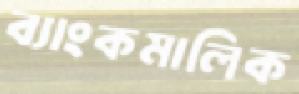
ব্যাংকমালিক